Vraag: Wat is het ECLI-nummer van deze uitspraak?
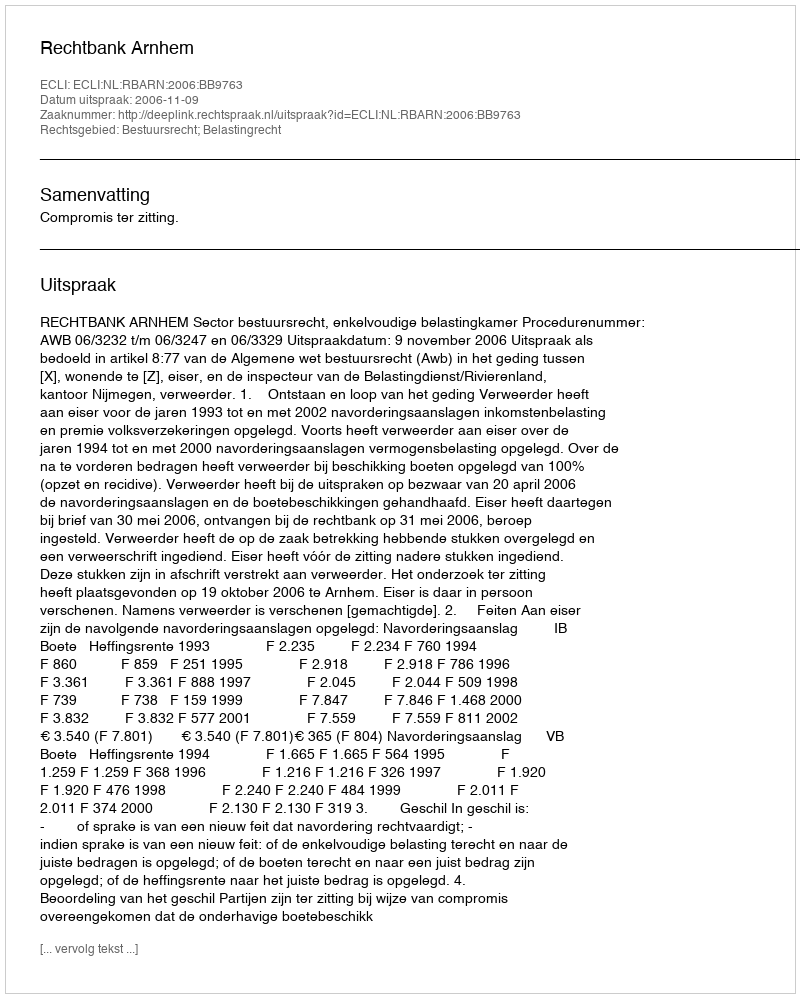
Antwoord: ECLI:NL:RBARN:2006:BB9763